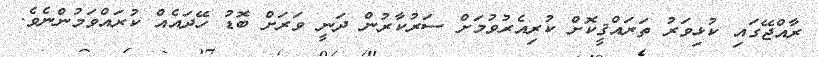
ރާއްޖޭގައި ކުޅިވަރު ތަރައްޤީކޮށް ކުރިއެރުވުމަށް ސަރުކާރުން ދަނީ ވަރަށް ބޮޑު ހޭދައެއް ކުރައްވަމުންނެވެ.